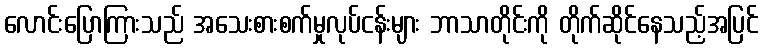
လောင်းပြောကြားသည် အသေးစားစက်မှုလုပ်ငန်းများ ဘာသာတိုင်းကို တိုက်ဆိုင်နေသည့်အပြင်